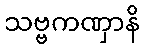
သဗ္ဗကဏှာနိ